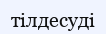
тілдесуді